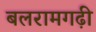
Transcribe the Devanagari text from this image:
बलरामगढ़ी